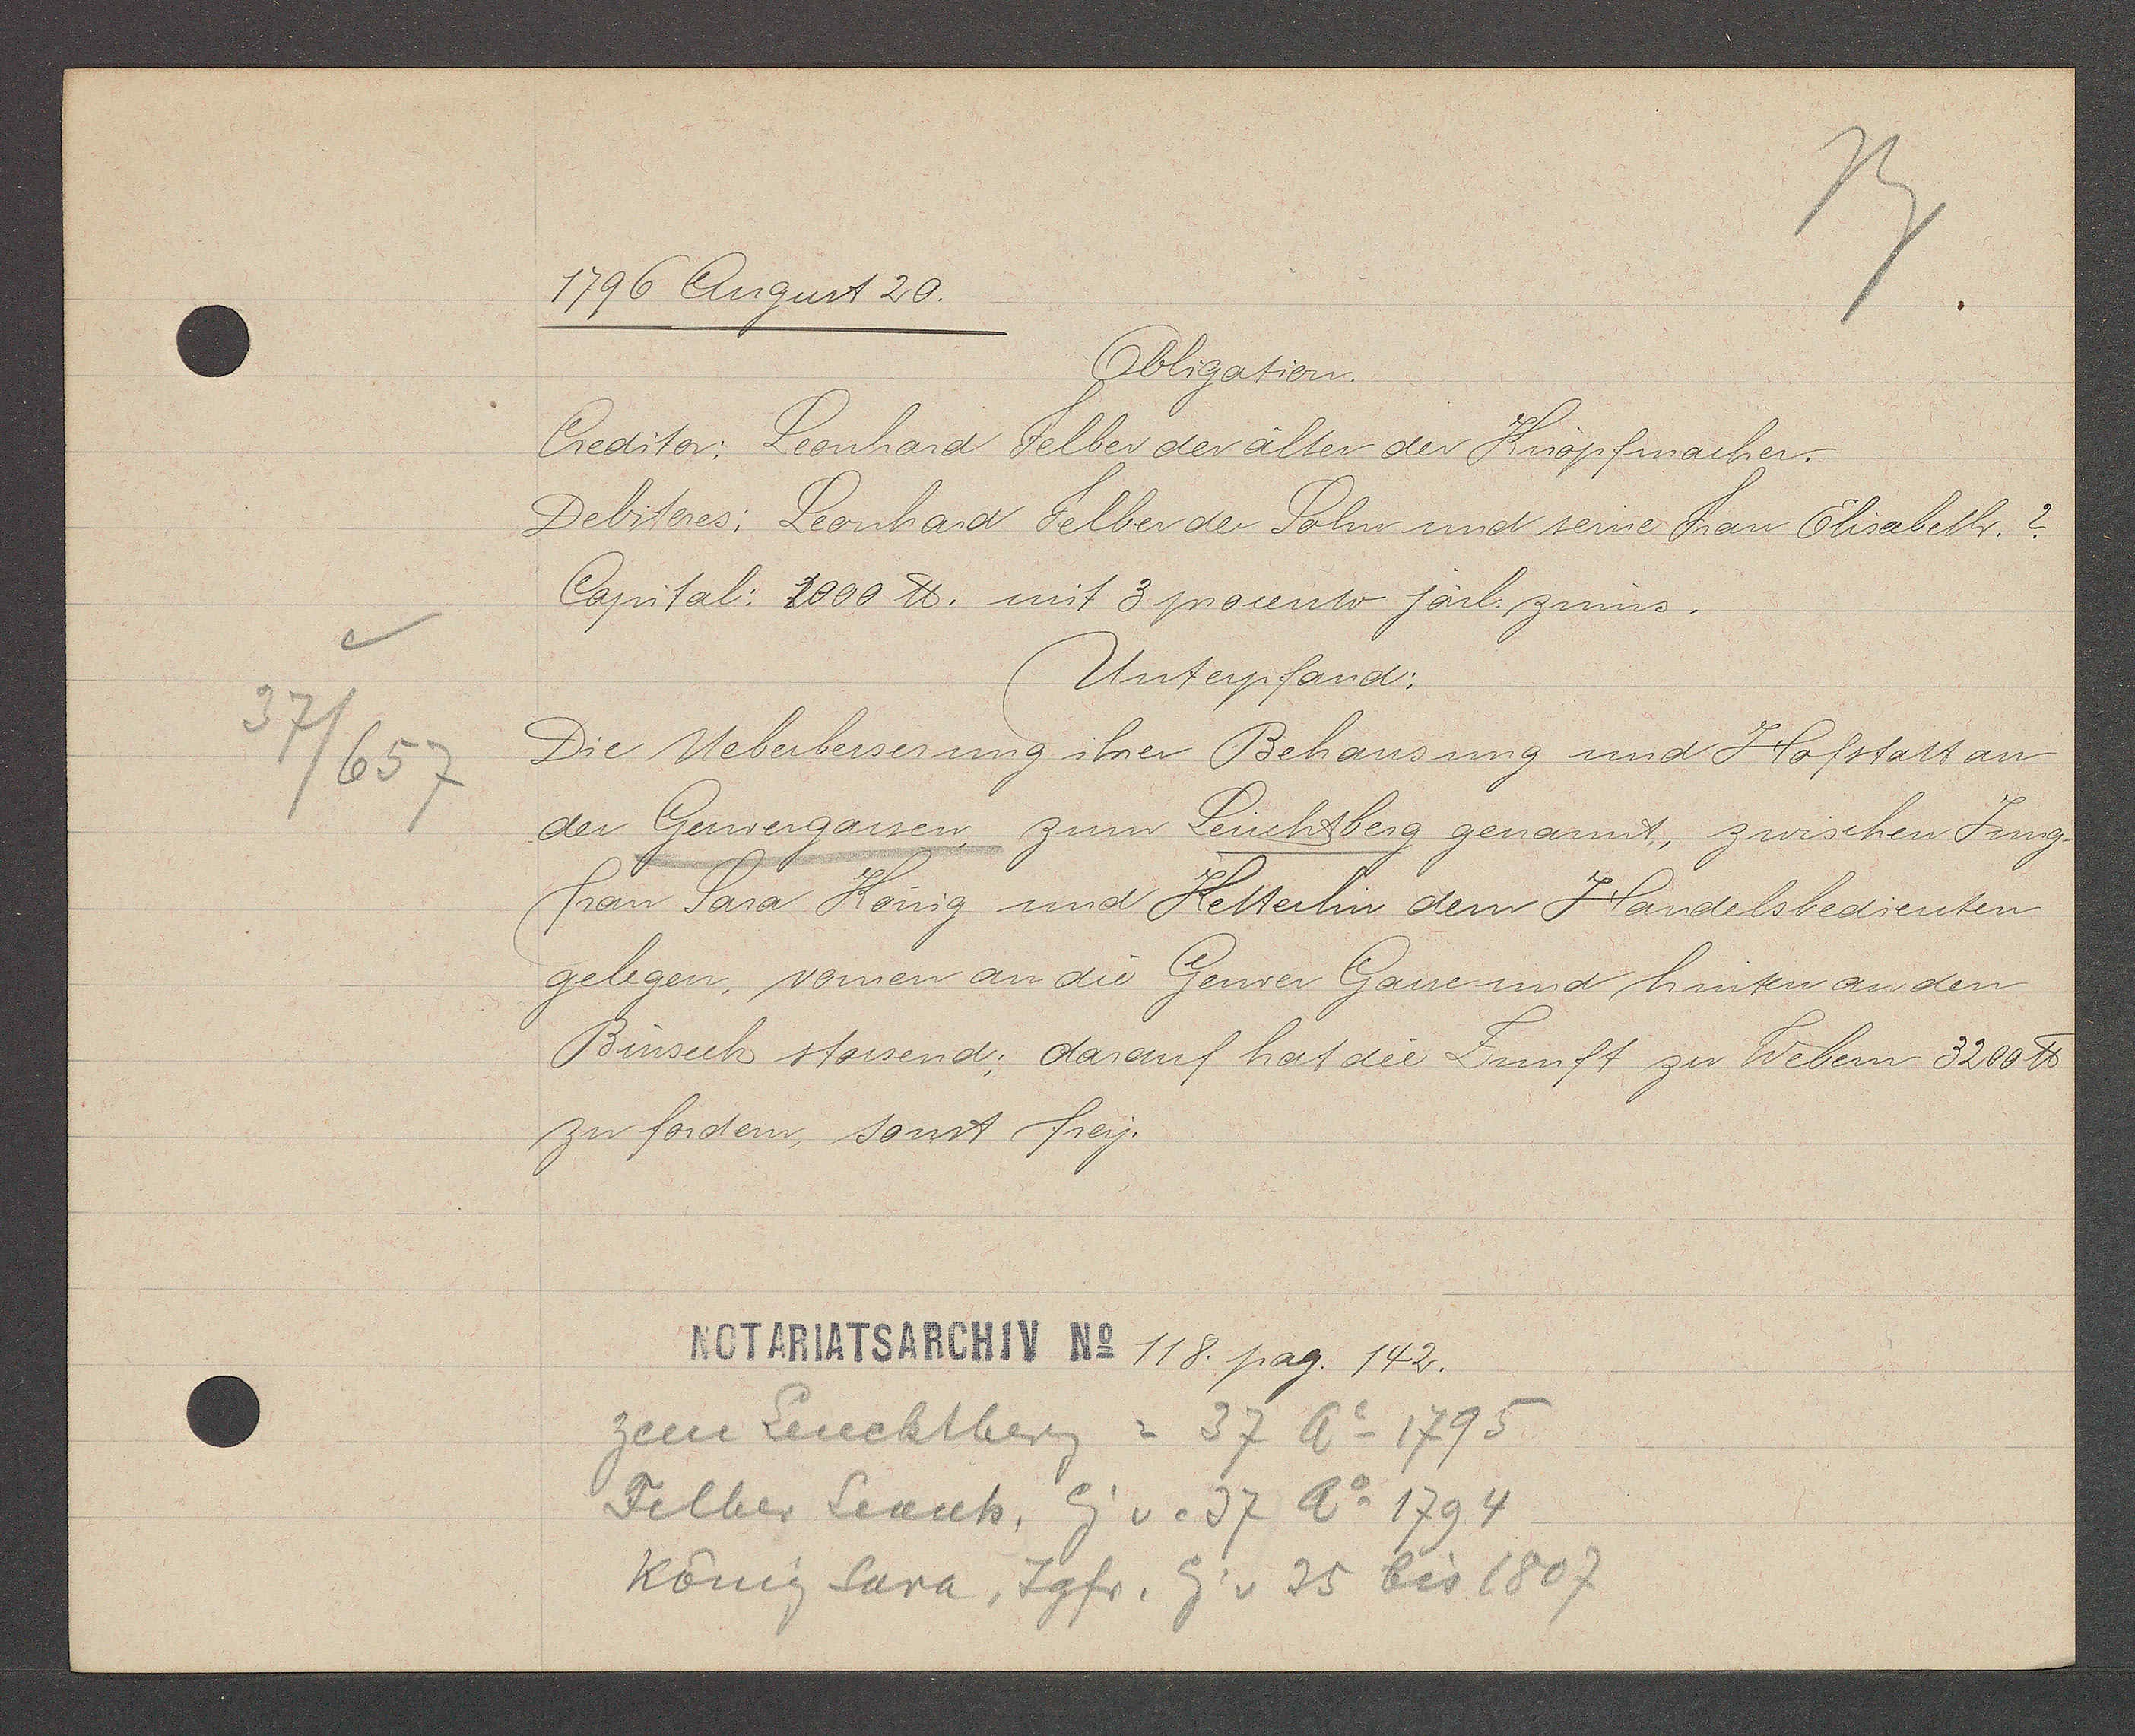
Transcript:
37/657

1796 August 20.

Obligation.
Creditor: Leonhard Felber der älter der Knopfmacher.
Debiteres: Leonhard Felber der Sohn und seine Frau Elisabeth. ?
Capital: 1000 ℔ mit 3 procento järl. zinns.
Unterpfand:
Die Ueberbesserung ihrer Behausung und Hofstatt an
der Gerwergassen, zum Leuchtberg genannt, zwischen Jung-
frau Sara König und Ketterlin dem Handelsbedienten
gelegen, vornen an die Gerwer Gasse und hinten an den
Binseck stossend; darauf hat die Zunft zu Webern 3200 ℔
zu fordern, sonst frey.

Notariatsarchiv No 118. pag. 142.

zem Leuchtberg = 37 Ao 1795
Felber Leonh, Eig v. 37 Ao 1794
König Sara, Jgfr. Eig v 35 bis 1807